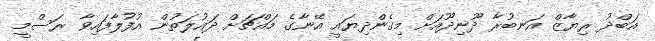
އަބްދު ރިޔާޒް އަނބުރާ ދޫނިދޫއަށް މިގެންދިޔައީ އޭނާގެ މައްޗަށް ދައުލަތުން އުފުލާފައިވާ ރަސްމީ